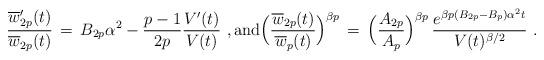
LaTeX: \begin{align*} \frac{\overline w_{2p}'(t)}{\overline w_{2p}(t)} \,=\, B_{2p}\alpha^2 - \frac{p-1}{2p}\frac{V'(t)}{V(t)}~, \hbox{and} \Bigl(\frac{\overline w_{2p}(t)}{\overline w_p(t)} \Bigr)^{\beta p} \,=\, \Bigl(\frac{A_{2p}}{A_p}\Bigr)^{\beta p} \,\frac{e^{\beta p(B_{2p}-B_p)\alpha^2 t}}{V(t)^{\beta/2}}~. \end{align*}